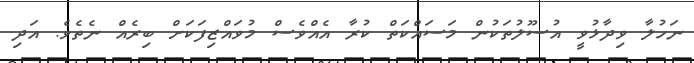
ނަހުލާ ވިދާޅުވީ އުސޫލުތަކުން މަސައްކަތް ކުރާ އެއްވެސް މުވައްޒިފަކަށް ބިރެއް ނެތެވެ. އަދި